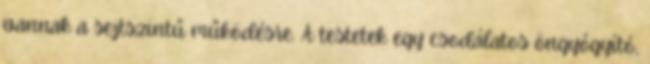
vannak a sejtszintű működésre. A testetek egy csodálatos öngyógyító,